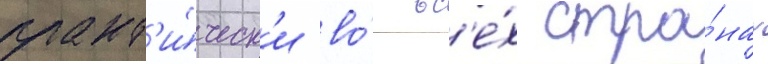
практ'и́ческ'и во́ вс'е́х стра́нах